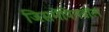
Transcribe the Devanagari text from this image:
जिसमेंपिनबॉल